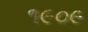
૧૯૦૯